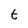
Character: t